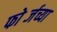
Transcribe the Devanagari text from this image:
फोर्ब्जच्या